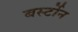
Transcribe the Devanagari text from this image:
बर्स्टोन